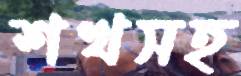
শখসহ